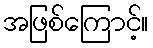
အဖြစ်ကြောင့်။